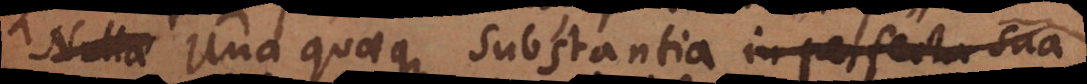
Nullae Unaquaeque substantia in perfecta sua